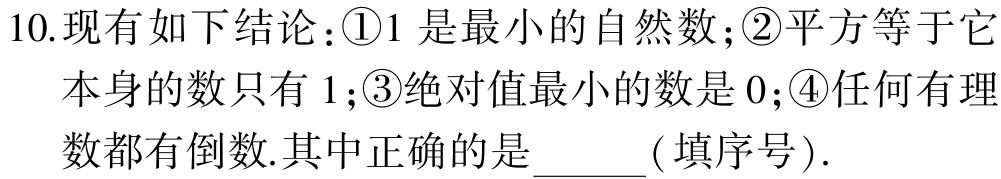
10.现有如下结论：\textcircled{1}1是最小的自然数；\textcircled{2}平方等于它本身的数只有1；\textcircled{3}绝对值最小的数是0；\textcircled{4}任何有理数都有倒数.其中正确的是______(填序号).